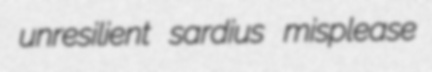
unresilient sardius misplease